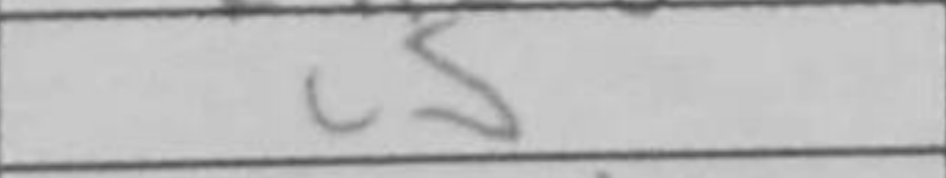
Transcription: c5